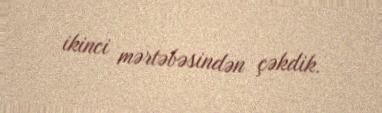
ikinci mərtəbəsindən çəkdik.